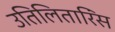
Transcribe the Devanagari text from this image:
उतिलितारिंस